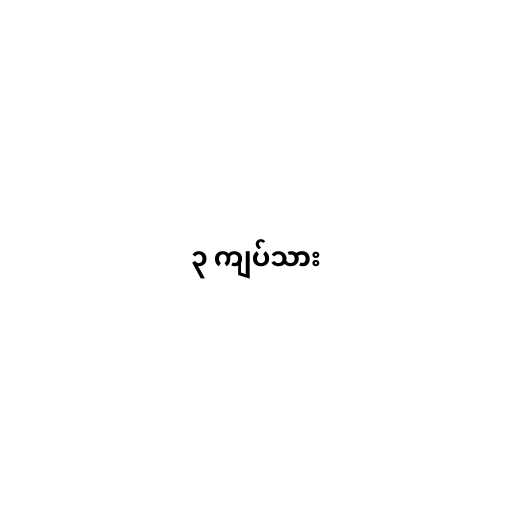
၃ ကျပ်သား